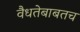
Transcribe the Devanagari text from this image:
वैधतेबाबतच